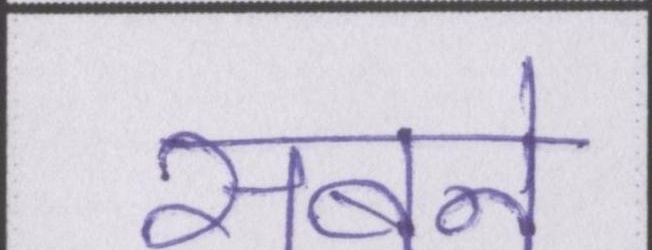
सबने